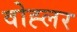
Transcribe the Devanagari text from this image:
वोह्लर